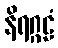
နိရဂ္ဂဠံ